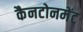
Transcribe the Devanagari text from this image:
कैनटोनमेंट